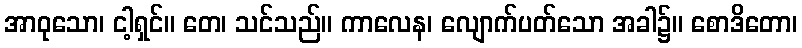
အာဝုသော၊ ငါ့ရှင်။ တေ၊ သင်သည်။ ကာလေန၊ လျောက်ပတ်သော အခါ၌။ စောဒိတော၊